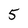
Character: 5